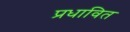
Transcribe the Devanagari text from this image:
प्रधावित